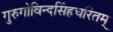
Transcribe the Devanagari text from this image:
गुरुगोविन्दसिंहचरितम्